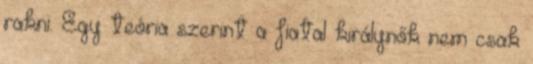
rakni. Egy teória szerint a fiatal királynők nem csak